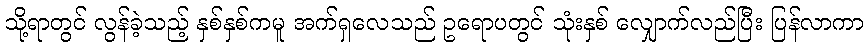
သို့ရာတွင် လွန်ခဲ့သည့် နှစ်နှစ်ကမူ အက်ရှလေသည် ဥရောပတွင် သုံးနှစ် လျှောက်လည်ပြီး ပြန်လာကာ